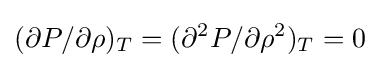
(\partial P/\partial {\rho })_{T}=(\partial ^{2}P/\partial {\rho ^{2}})_{T}=0\,\!